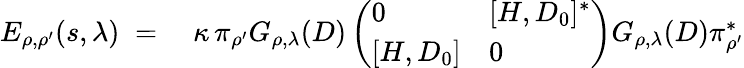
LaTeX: \begin{array}{rl}{E_{\rho,\rho^{\prime}}(s,\lambda)\; =\; }&{{}\kappa\, \pi_{\rho^{\prime}}G_{\rho,\lambda}(D)\left(\begin{array}{ll}{0}&{[H,D_{0}]^{*}}\\ {{}[H,D_{0}]}&{0}\end{array}\right)G_{\rho,\lambda}(D)\pi_{\rho^{\prime}}^{*}}\end{array}